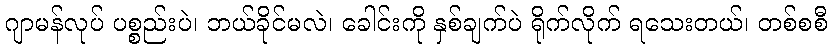
ဂျာမန်လုပ် ပစ္စည်းပဲ၊ ဘယ်ခိုင်မလဲ၊ ခေါင်းကို နှစ်ချက်ပဲ ရိုက်လိုက် ရသေးတယ်၊ တစ်စစီ